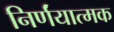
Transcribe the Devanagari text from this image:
निर्णंयात्मक